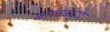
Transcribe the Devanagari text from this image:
बोलबद्ध